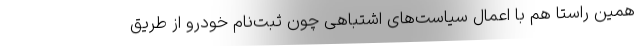
همین راستا هم با اعمال سیاست‌های اشتباهی چون ثبت‌نام خودرو از طریق